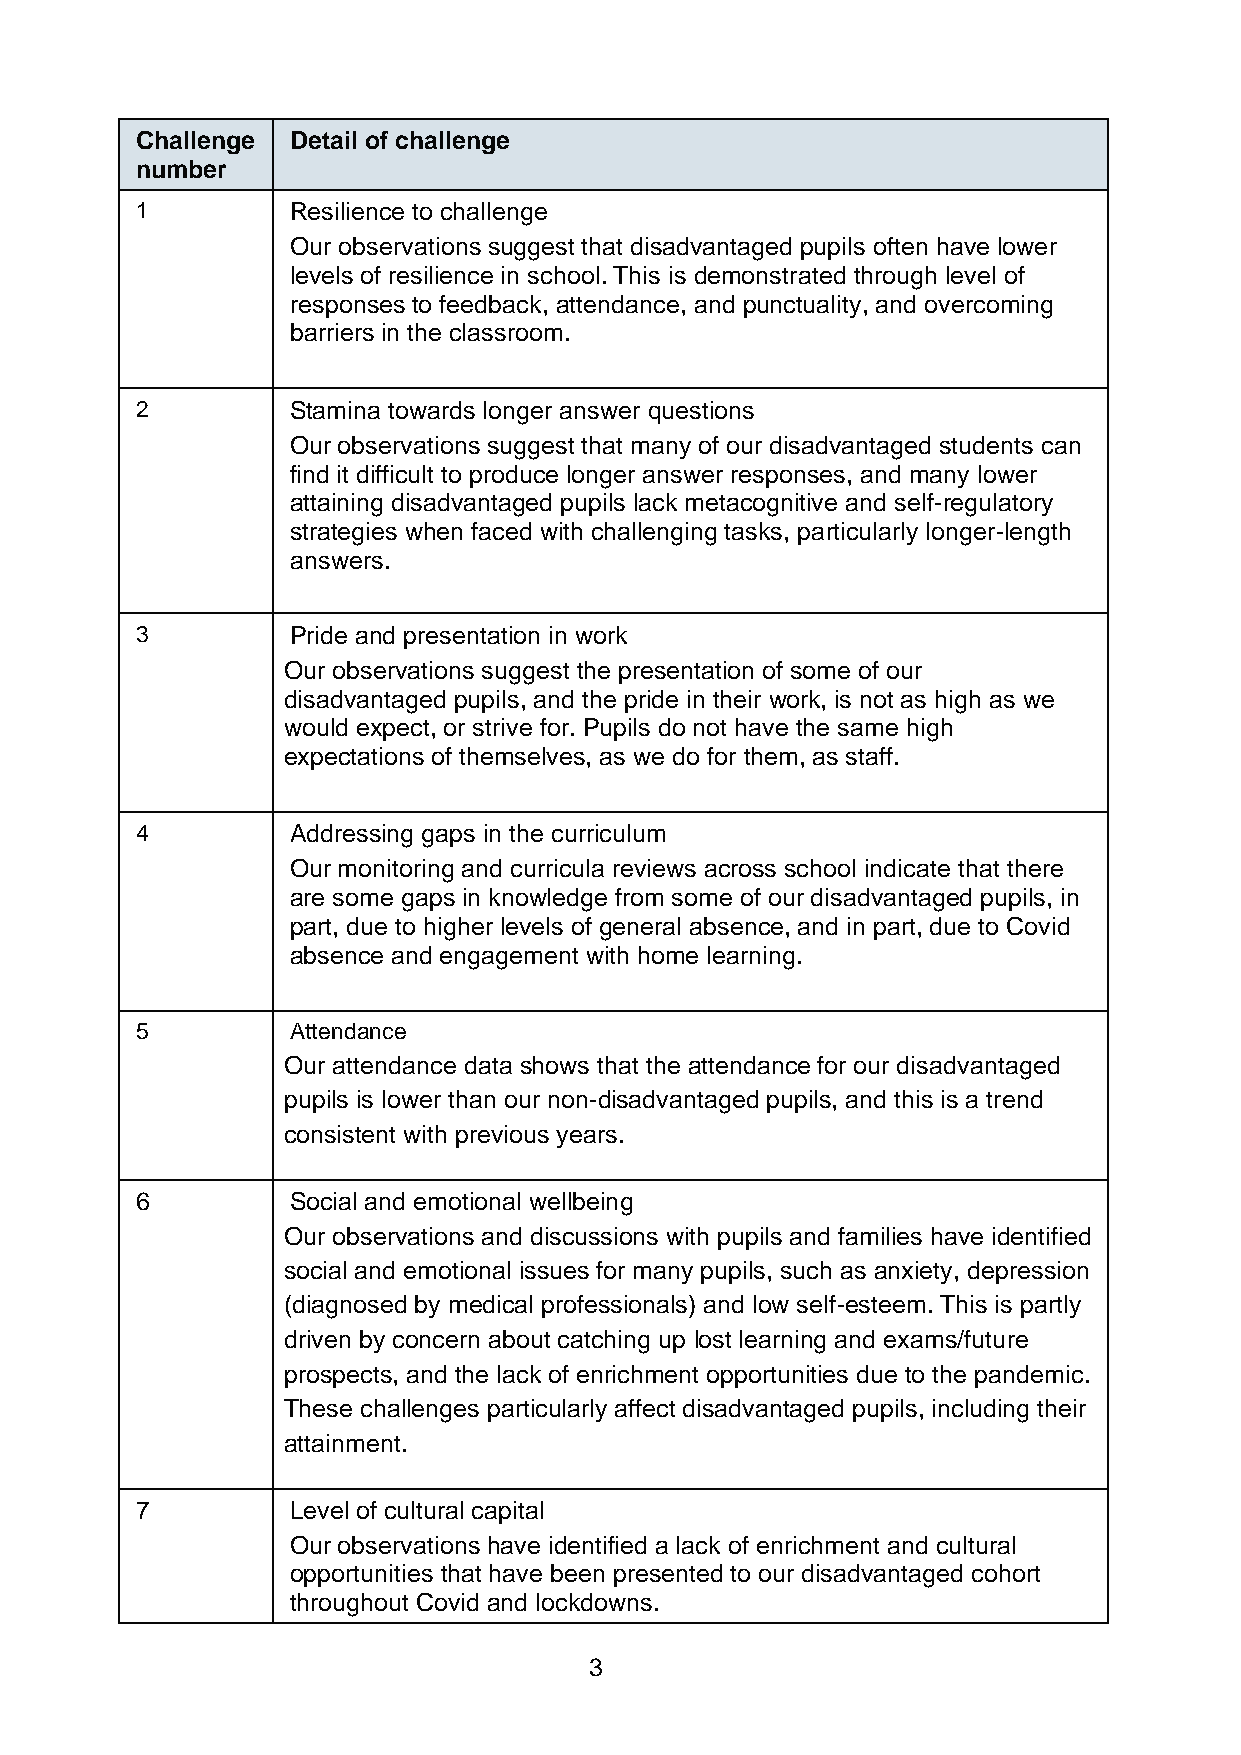
Challenge Detail of challenge
 number
 1         Resilience to challenge
 Our observations suggest that disadvantaged pupils often have lower
 levels of resilience in school. This is demonstrated through level of
 responses to feedback, attendance, and punctuality, and overcoming
 barriers in the classroom.
 2         Stamina towards longer answer questions
 Our observations suggest that many of our disadvantaged students can
 find it difficult to produce longer answer responses, and many lower
 attaining disadvantaged pupils lack metacognitive and self-regulatory
 strategies when faced with challenging tasks, particularly longer-length
 answers.
 3         Pride and presentation in work
 Our observations suggest the presentation of some of our
 disadvantaged pupils, and the pride in their work, is not as high as we
 would expect, or strive for. Pupils do not have the same high
 expectations of themselves, as we do for them, as staff.
 4         Addressing gaps in the curriculum
 Our monitoring and curricula reviews across school indicate that there
 are some gaps in knowledge from some of our disadvantaged pupils, in
 part, due to higher levels of general absence, and in part, due to Covid
 absence and engagement with home learning.
 5         Attendance
 Our attendance data shows that the attendance for our disadvantaged
 pupils is lower than our non-disadvantaged pupils, and this is a trend
 consistent with previous years.
 6         Social and emotional wellbeing
 Our observations and discussions with pupils and families have identified
 social and emotional issues for many pupils, such as anxiety, depression
 (diagnosed by medical professionals) and low self-esteem. This is partly
 driven by concern about catching up lost learning and exams/future
 prospects, and the lack of enrichment opportunities due to the pandemic.
 These challenges particularly affect disadvantaged pupils, including their
 attainment.
 7         Level of cultural capital
 Our observations have identified a lack of enrichment and cultural
 opportunities that have been presented to our disadvantaged cohort
 throughout Covid and lockdowns.
 3